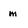
Character: m